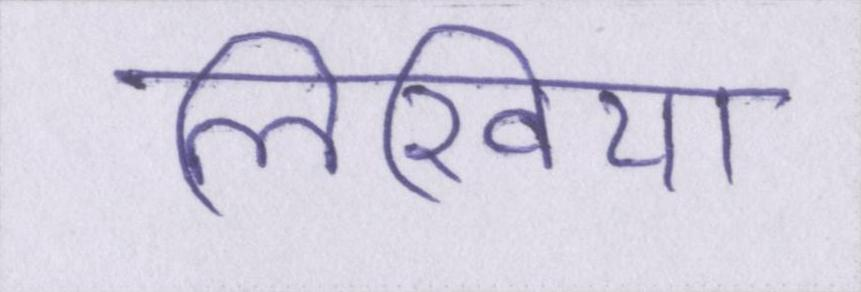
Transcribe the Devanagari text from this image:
लिखिया